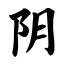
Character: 阴